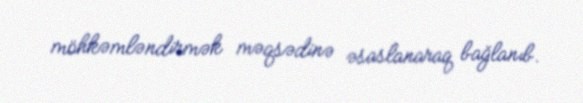
möhkəmləndirmək məqsədinə əsaslanaraq bağlanıb.